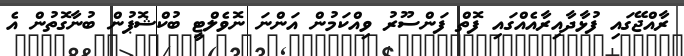
ރާއްޖޭގައި ފުޅާދާއިރާއެއްގައި ފޮތް ފަންސޫރު ވިއްކަމުން އަންނަ ނޮވެލްޓީ ބުކްޝޮޕުން ބުނާގޮތުން އެ